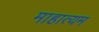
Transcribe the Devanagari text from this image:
माहात्यम